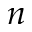
n